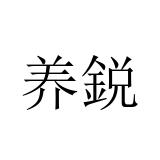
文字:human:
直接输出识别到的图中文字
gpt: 养鋭